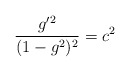
\begin{align*}\frac{g^{\prime2}}{(1-g^2)^2}=c^2\end{align*}